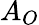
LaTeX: A_{O}